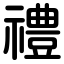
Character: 禮